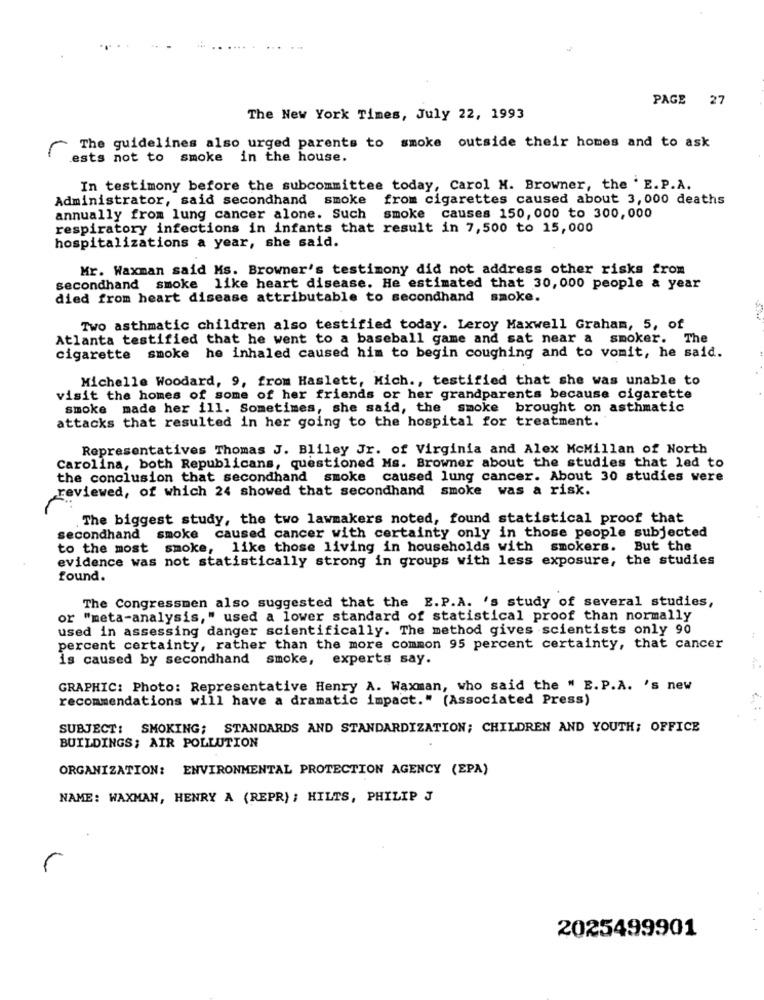
PAGE 27
The New York Times, July 22, 1993
r
The guidelines also urged parents to smoke outside their homes and to ask
ests not to smoke in the house.
In testimony before the subcommittee today, Carol M. Browner, the ' E. P.A.
Administrator, said secondhand smoke from cigarettes caused about 3, 000 deaths
annually from lung cancer alone. Such smoke causes 150, 000 to 300,000
respiratory infections in infants that result in 7,500 to 15,000
hospitalizations a year, she said.
Mr. Waxman said Ms. Browner's testimony did not address other risks from
secondhand smoke like heart disease. He estimated that 30, 000 people & year
died from heart disease attributable to secondhand smoke.
Two asthmatic children also testified today. Leroy Maxwell Graham, 5, of
Atlanta testified that he went to a baseball game and sat near a smoker. The
cigarette smoke he inhaled caused him to begin coughing and to vomit, he said.
Michelle Woodard, 9, from Haslett, Mich ., testified that she was unable to
visit the homes of some of her friends or her grandparents because cigarette
smoke made her ill. Sometimes, she said, the smoke brought on asthmatic
attacks that resulted in her going to the hospital for treatment.
Representatives Thomas J. Bliley Jr. of Virginia and Alex McMillan of North
Carolina, both Republicans, questioned Ms. Browner about the studies that led to
the conclusion that secondhand smoke caused lung cancer. About 30 studies were
reviewed, of which 24 showed that secondhand smoke was a risk.
The biggest study, the two lawmakers noted, found statistical proof that
secondhand smoke caused cancer with certainty only in those people subjected
to the most smoke, like those living in households with smokers. But the
evidence was not statistically strong in groups with less exposure, the studies
found.
The Congressmen also suggested that the E.P.A. 's study of several studies,
or "meta-analysis," used a lower standard of statistical proof than normally
used in assessing danger scientifically. The method gives scientists only 90
percent certainty, rather than the more common 95 percent certainty, that cancer
is caused by secondhand smoke, experts say.
GRAPHIC: Photo: Representative Henry A. Waxman, who said the " E. P.A. 's new
recommendations will have a dramatic impact." (Associated Press)
SUBJECT: SMOKING; STANDARDS AND STANDARDIZATION; CHILDREN AND YOUTH; OFFICE
BUILDINGS; AIR POLLUTION
ORGANIZATION: ENVIRONMENTAL PROTECTION AGENCY (EPA)
NAME: WAXMAN, HENRY A (REPR) ; HILTS, PHILIP J
2025499901